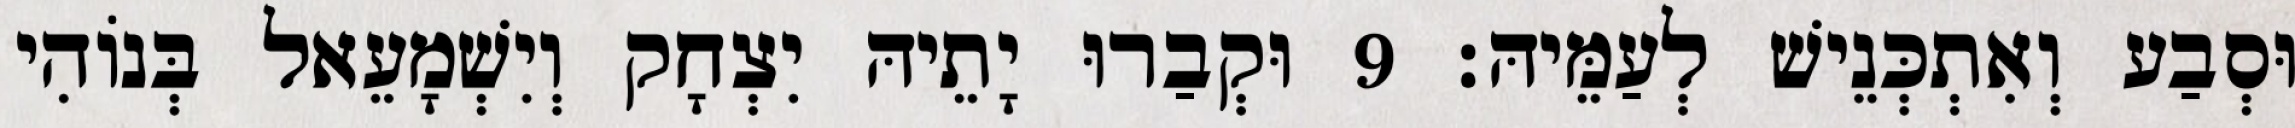
וּסְבַע וְאִתְכְּנֵישׁ לְעַמֵּיהּ׃ 9 וּקְבַרוּ יָתֵיהּ יִצְחָק וְיִשְׁמָעֵאל בְּנוֹהִי